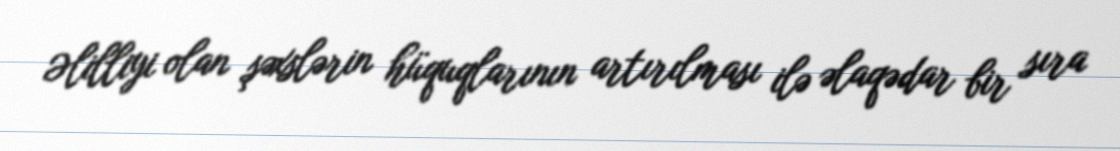
Əlilliyi olan şəxslərin hüquqlarının artırılması ilə əlaqədar bir sıra